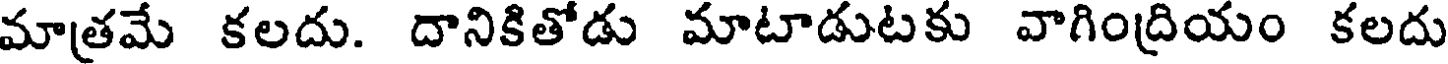
మాత్రమే కలదు. దానికితోడు మాటాడుటకు వాగింద్రియం కలదు